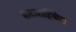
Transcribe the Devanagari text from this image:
धारावाहिकेत